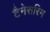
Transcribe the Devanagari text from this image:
टैनेसरिम